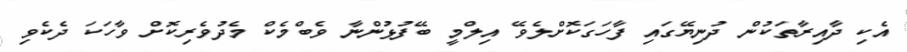
އެކި ދާއިރާތަކުން ދުނިޔޭގައި ފާހަގަކޮށްލެވޭ އިލްމީ ބޭފުޅުންނާ ވެބްމެކް މެދުވެރިކޮށް ވާހަކަ ދެކެވި